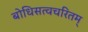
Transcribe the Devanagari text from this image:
बोधिसत्वचरितम्